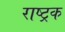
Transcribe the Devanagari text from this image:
राष्ट्रक